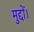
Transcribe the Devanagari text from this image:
मुद्दों।